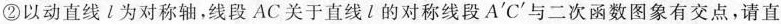
②以动直线l为对称轴，线段AC关于直线l的对称线段A^{\prime}C^{\prime}与二次函数图象有交点，请直